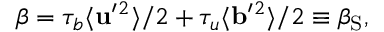
\beta = \tau _ { b } \langle { { \bf { u } } ^ { \prime } { } ^ { 2 } } \rangle / 2 + \tau _ { u } \langle { { \bf { b } } ^ { \prime } { } ^ { 2 } } \rangle / 2 \equiv \beta _ { \mathrm { { S } } } ,